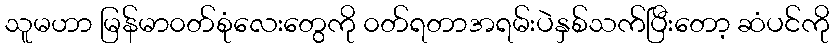
သူမဟာ မြန်မာ၀တ်စုံလေးတွေကို ၀တ်ရတာအရမ်းပဲနှစ်သက်ပြီးတော့ ဆံပင်ကို